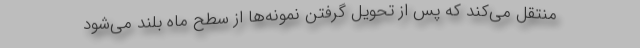
منتقل می‌کند که پس از تحویل گرفتن نمونه‌ها از سطح ماه بلند می‌شود